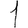
Digit: 1